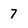
Character: 7